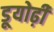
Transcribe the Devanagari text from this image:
डूयोढ़ी